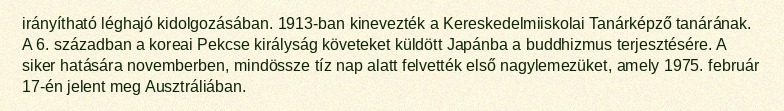
irányítható léghajó kidolgozásában. 1913-ban kinevezték a Kereskedelmiiskolai Tanárképző tanárának. A 6. században a koreai Pekcse királyság követeket küldött Japánba a buddhizmus terjesztésére. A siker hatására novemberben, mindössze tíz nap alatt felvették első nagylemezüket, amely 1975. február 17-én jelent meg Ausztráliában.